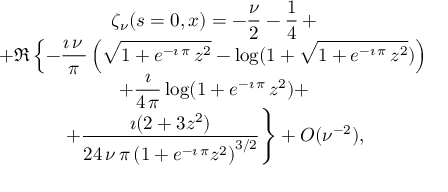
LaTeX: \begin{array} { c } { { \zeta _ { \nu } ( s = 0 , x ) = \displaystyle { { - { \frac { \nu } { 2 } } - \frac { 1 } { 4 } } \, + } } } \\ { { \displaystyle { + \Re \left\{ - { \frac { \imath \, \nu \, } { \pi } } \left( { \sqrt { 1 + { e ^ { - \imath \, \pi } } \, { z ^ { 2 } } } } - \log ( 1 + { \sqrt { 1 + { e ^ { - \imath \, \pi } } \, { z ^ { 2 } } } } ) \right) \right. } } } \\ { { \displaystyle { \left. + { \frac { \imath } { 4 \, \pi } } \log ( 1 + { e ^ { - \imath \, \pi } } \, { z ^ { 2 } } ) + \right. } } } \\ { { \displaystyle { \left. + { \frac { \imath ( 2 + 3 z ^ { 2 } ) } { 2 4 \, \nu \, \pi \, { { \left( 1 + { e ^ { - \imath \, \pi } } { z ^ { 2 } } \right) } ^ { 3 / 2 } } } } \right\} + { \cal O } ( \nu ^ { - 2 } ) } , } } \end{array}